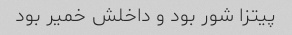
پیتزا شور بود و داخلش خمیر بود